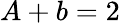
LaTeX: A+b=2